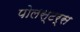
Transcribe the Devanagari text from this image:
पोलस्टर्स